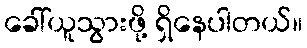
ခေါ်ယူသွားဖို့ ရှိနေပါတယ်။